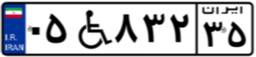
۵۳W۳۶۱۹۰